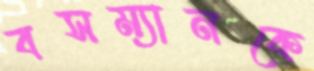
বসম্যানকে